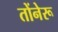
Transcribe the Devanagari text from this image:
तोंनेरू